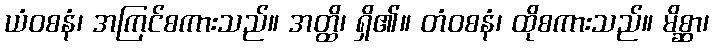
ယံဝစနံ၊ အကြင်စကားသည်။ အတ္ထိ၊ ရှိ၏။ တံဝစနံ၊ ထိုစကားသည်။ မိစ္ဆာ၊